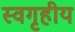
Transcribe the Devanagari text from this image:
स्वगृहीय